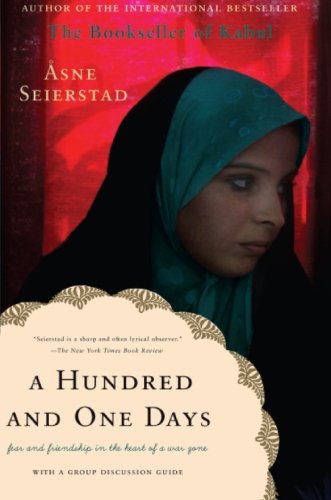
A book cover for A Hundred and One Days: A Baghdad Journal; Asne Seierstad; Biographies & Memoirs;